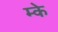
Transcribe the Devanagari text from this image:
म्के